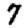
Digit: 7